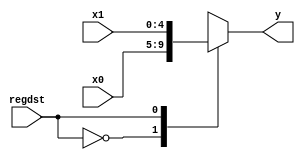
`timescale 1ns / 1ps
//////////////////////////////////////////////////////////////////////////////////
// Company: 
// Engineer: 
// 
// Design Name: 
// Module Name: MUX_1
// Project Name: 
// Target Devices: 
// Tool Versions: 
// Description: 
// 
// Dependencies: 
// 
// Revision:
// Revision 0.01 - File Created
// Additional Comments:
// 
//////////////////////////////////////////////////////////////////////////////////


module MUX_1(
    x0,x1,regdst,y
    );
    input [4:0] x0,x1;
    input regdst;
    output [4:0] y;
    
    function [4:0] select;
        input [4:0] x0,x1;
        input regdst;
        case(regdst)
            0:select=x0;
            1:select=x1;
        endcase
    endfunction
    assign y=select(x0,x1,regdst);
endmodule